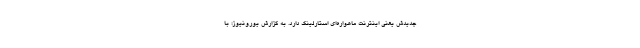
جدیدش یعنی اینترنت ماهواره‌ای استارلینک دارد. به گزارش یورونیوز؛ با